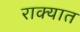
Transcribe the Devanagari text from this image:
राक्यात